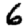
Digit: 6